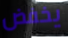
يخفض